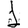
Digit: 1